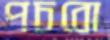
পচবো